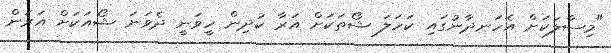
"މިސާލަކަށް އެހަނދާނުގައި ކަހަލަ ޝޯތަކަށް އަރާ ކުދިން ހީވަނީ ދެވަނަ ޝޯއަކަށް އަރަން